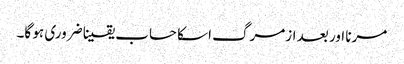
مرنا اور بعد ازمرگ اسکا حساب یقینا ضروری ہو گا۔